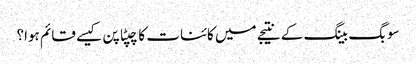
سو بگ بینگ کے نتیجے میں کائنات کا چپٹا پن کیسے قائم ہوا؟